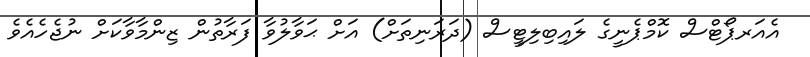
އެއަރޕޯޓްސް ކޮމްޕެނީގެ ލައިބިލިޓީސް (ދަރަނިތަށް) އަށް ޙަވާލުވާ ފަރާތުން ޒިންމާވާކަށް ނުޖެހެއެވެ